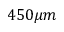
4 5 0 \mu m